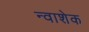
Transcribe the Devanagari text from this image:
न्वाशेक